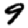
Digit: 9